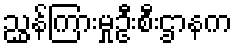
ညွှန်ကြားမှုဦးစီးဌာနက